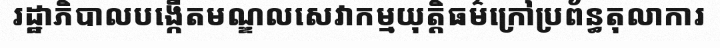
រដ្ឋាភិបាលបង្កើតមណ្ឌលសេវាកម្មយុត្តិធម៌ក្រៅប្រព័ន្ធតុលាការ